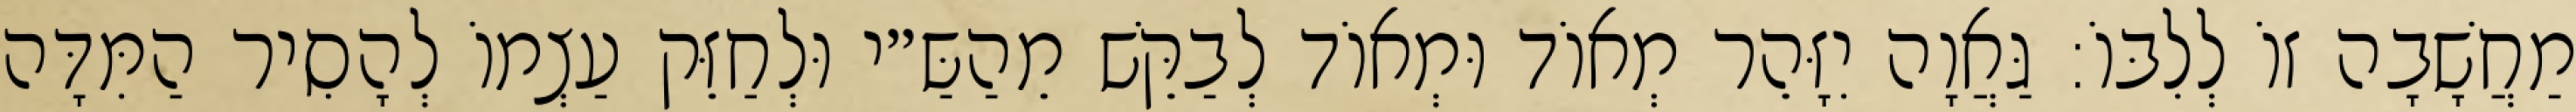
מַחֲשָׁבָה זוֹ לְלִבּוֹ: גַּאֲוָה יִזָּהֵר מְאוֹד וּמְאוֹד לְבַקֵּשׁ מֵהַשַּ״י וּלְחַזֵּק עַצְמוֹ לְהָסִיר הַמִּדָּה